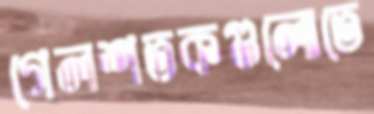
গেলশতকগুলোতে